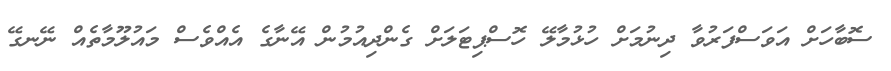
ސޮބާހަށް އަވަސްފަރުވާ ދިނުމަށް ހުޅުމާލޭ ހޮސްޕިޓަލަށް ގެންދިއުމުން އޭނާގެ އެއްވެސް މައުލޫމާތެއް ނޭނގޭ